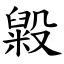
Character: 毇